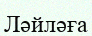
Ләйләға